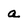
Character: a